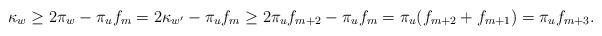
LaTeX: \begin{align*}\kappa_{w}\geq2\pi_{w}-\pi_{u}f_{m}=2\kappa_{w'}-\pi_{u}f_{m}\geq2\pi_{u}f_{m+2}-\pi_{u}f_{m}=\pi_{u}(f_{m+2}+f_{m+1})=\pi_{u}f_{m+3}.\end{align*}